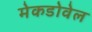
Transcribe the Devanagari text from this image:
मेकडोवेल